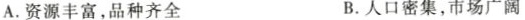
A.资源丰富，品种齐全 B.人口密集，市场广阔